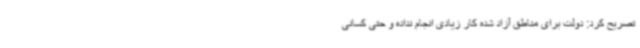
تصریح کرد: دولت برای مناطق آزاد شده کار زیادی انجام نداده و حتی کسانی